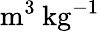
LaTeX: \textrm{m}^{3}\: \textrm{kg}^{-1}